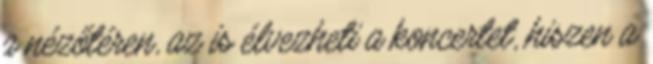
a nézőtéren, az is élvezheti a koncertet, hiszen a